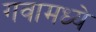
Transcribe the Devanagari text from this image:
गवामध्ये